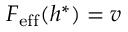
F _ { \mathrm { e f f } } ( h ^ { * } ) = v